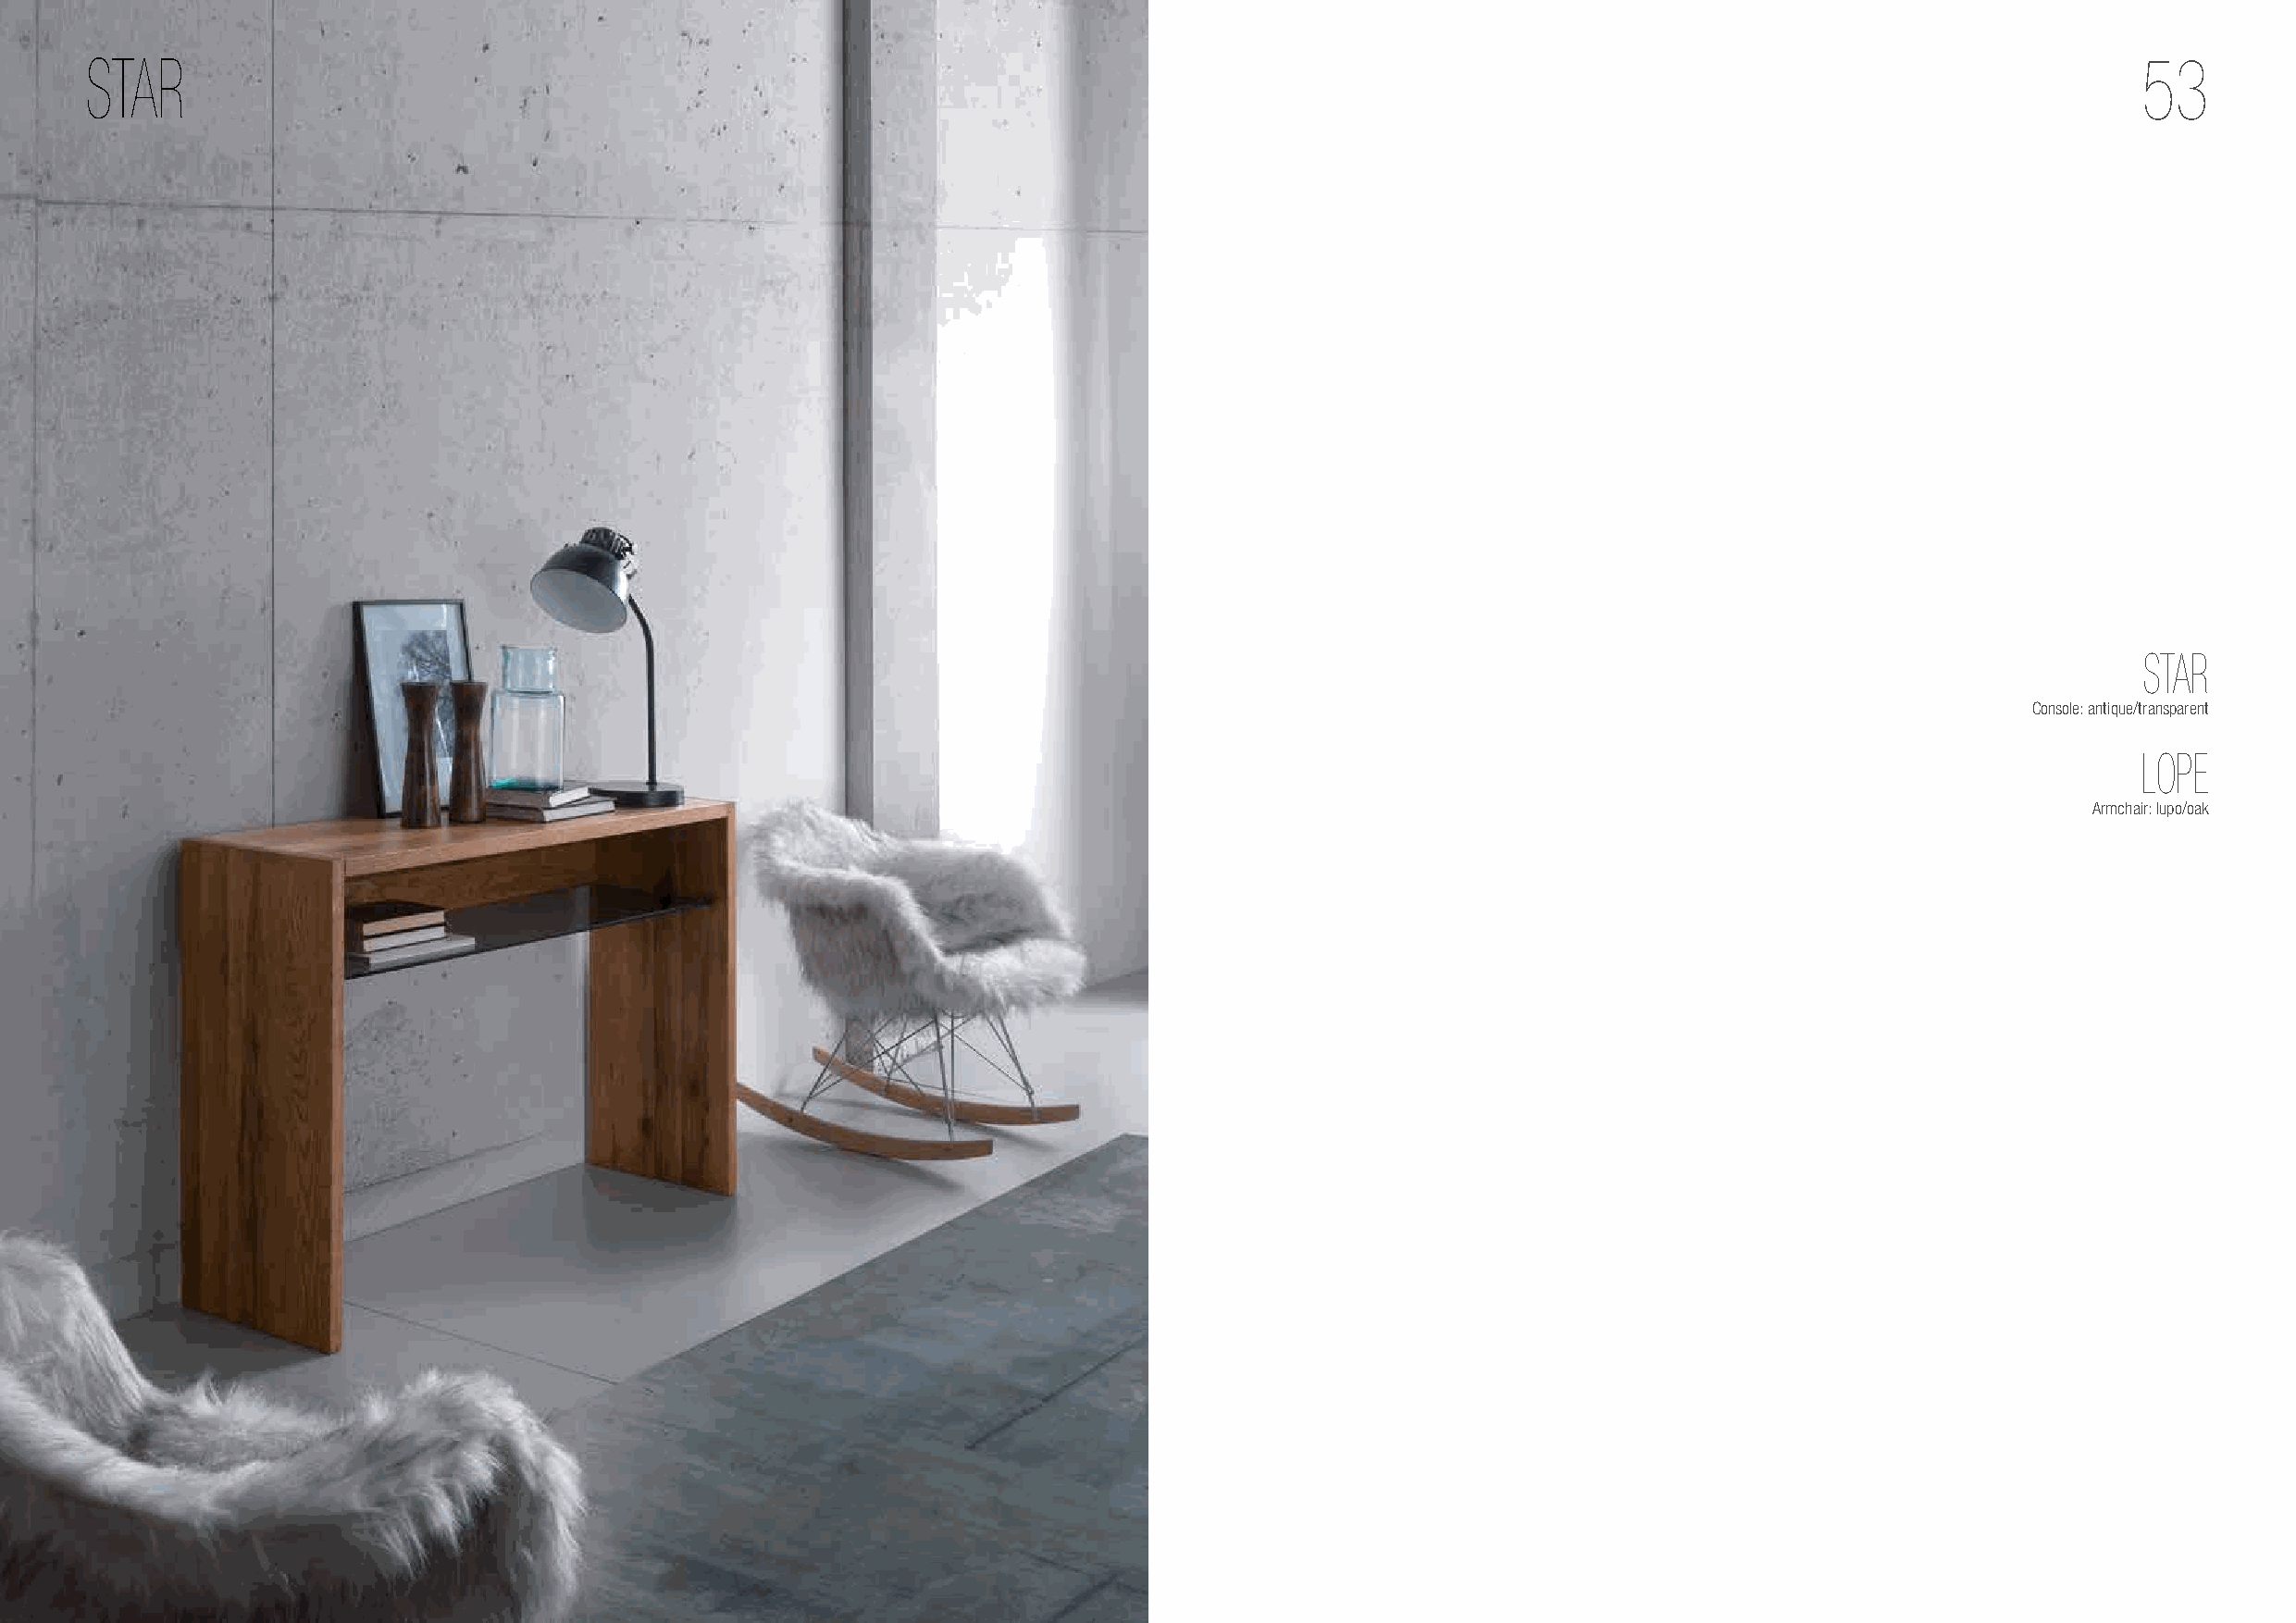
STAR                                                                                                                                               53
 STAR
 Console: antique/transparent
 LOPE
 Armchair: lupo/oak